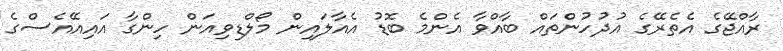
ރާއްޖޭގެ އެތެރޭގެ އުދުހުންތައް ބާއްވާ އެންމެ ބޮޑު އެއާލައިން މޯލްޑިވިއަން ހިންގާ އައިއޭއެސްގެ